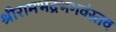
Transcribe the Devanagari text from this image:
श्रीरामभद्रभगवंस्तव